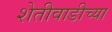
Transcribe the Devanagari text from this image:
शेतीवाडीच्या